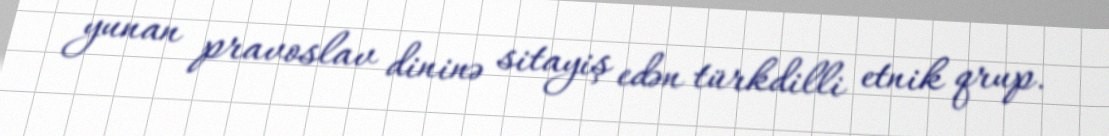
yunan pravoslav dininə sitayiş edən türkdilli etnik qrup.